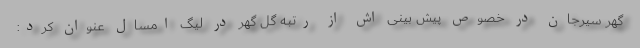
گهر سیرجان در خصوص پیش بینی اش از رتبه گل گهر در لیگ امسال عنوان کرد: